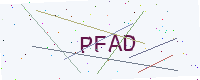
Text: PFAD